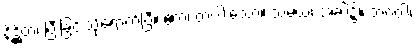
နိဋ္ဌိတံ၊ ပြီးခြင်းသို့ရောက်ပြီ။ ဧကံ၊ တပါးသော။ သမယံ၊ အခါ၌။ ဘဂဝါ၊